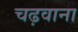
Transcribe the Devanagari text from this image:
चढ़वाना